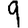
Digit: 9